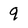
Character: q